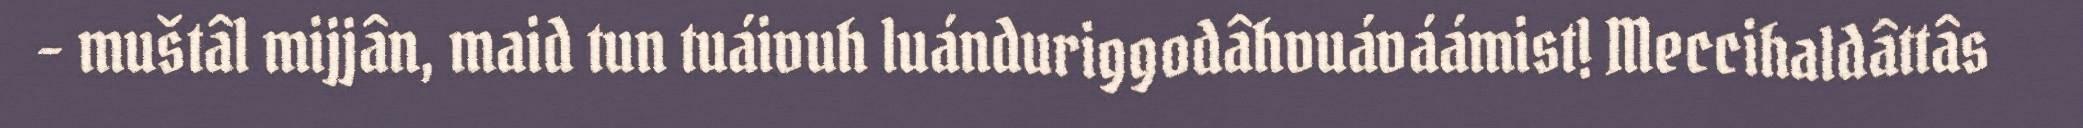
- muštâl mijjân, maid tun tuáivuh luánduriggodâhvuáváámist! Meccihaldâttâs